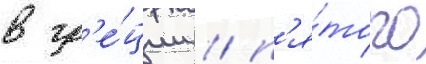
в гр'е́ции / п'я́того